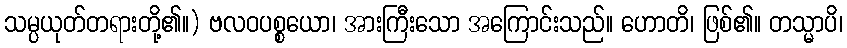
သမ္ပယုတ်တရားတို့၏။) ဗလဝပစ္စယော၊ အားကြီးသော အကြောင်းသည်။ ဟောတိ၊ ဖြစ်၏။ တသ္မာပိ၊